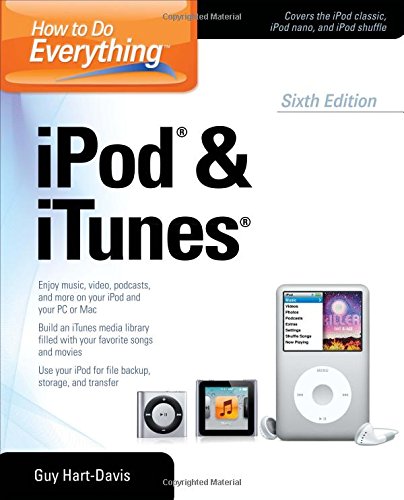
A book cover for How to Do Everything iPod and iTunes 6/E; Guy Hart-Davis; Computers & Technology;